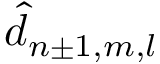
\hat { d } _ { n \pm 1 , m , l }